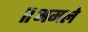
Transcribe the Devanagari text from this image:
॥अमले